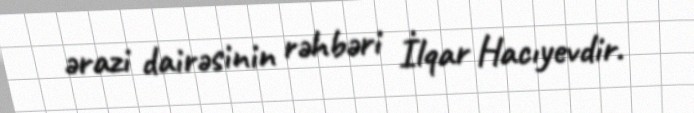
ərazi dairəsinin rəhbəri İlqar Hacıyevdir.